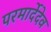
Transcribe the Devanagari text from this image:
परमार्देदेव